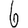
Digit: 6